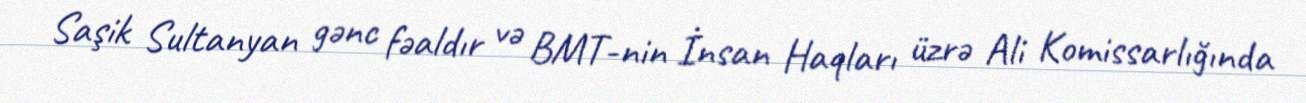
Saşik Sultanyan gənc fəaldır və BMT-nin İnsan Haqları üzrə Ali Komissarlığında